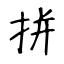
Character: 拼